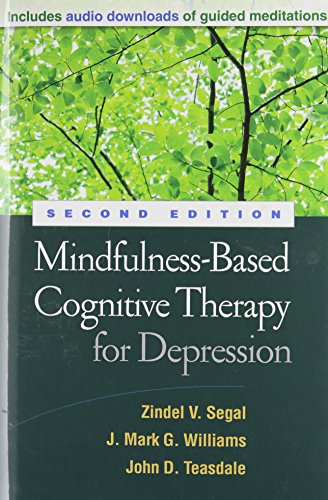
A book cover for Mindfulness-Based Cognitive Therapy for Depression, Second Edition; Zindel V. Segal; Science & Math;